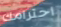
احترامك